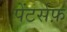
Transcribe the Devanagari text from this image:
पेंटर्सफ़